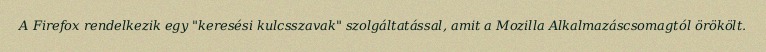
A Firefox rendelkezik egy "keresési kulcsszavak" szolgáltatással, amit a Mozilla Alkalmazáscsomagtól örökölt.